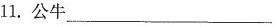
11.公牛___